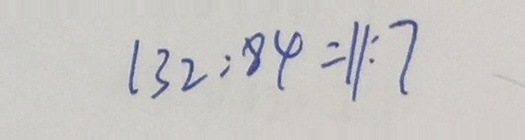
1 3 2 : 8 4 = 1 1 : 7